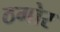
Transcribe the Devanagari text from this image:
ठगोर